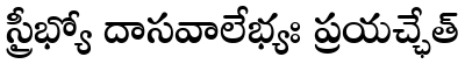
స్త్రీభ్యో దాసవాలేభ్యః ప్రయచ్ఛేత్